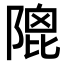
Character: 𨻀